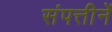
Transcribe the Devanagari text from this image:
संपत्तीनें